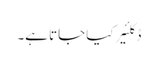
ڈکلئیر کیا جاتا ہے۔